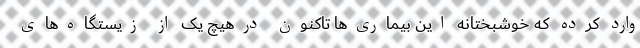
وارد کرده که خوشبختانه این بیماری‌ها تاکنون درهیچ یک از زیستگاه‌های